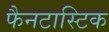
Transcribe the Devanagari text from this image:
फैनटास्टिक